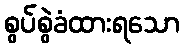
စွပ်စွဲခံထားရသော